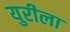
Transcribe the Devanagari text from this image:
युरीला